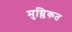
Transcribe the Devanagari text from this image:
मुम्लिकत